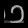
Digit: ၁